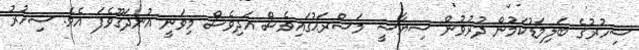
ސިހުރުގެ ބަލިމަޑުކަމުން ދުރުވުން ސިޔާސީ މަސްރަޙުގައިވެސް އަދިވެސް މިވަނީ އުނދަގޫވެފަ އެވެ. ސިހުރު